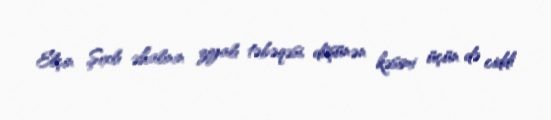
Elçin Şıxlı əhalinin ziyalı təbəqəsi, düşünən kəsimi üçün də ciddi